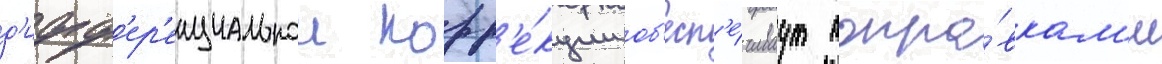
д'ифф'ер'енциальнои корр'е́кции об'есп'е́чиваут попра́вкам'и